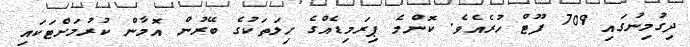
ދިގުމިނުގައި 709 ފޫޓް ހުރެއެވެ. ކޮންމެ ޕިރަމިޑެއްގެ ހިލަތަކުގެ ބޭރުން އޮމާން ކުރުމަށްޓަކައި